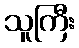
သူကြီး